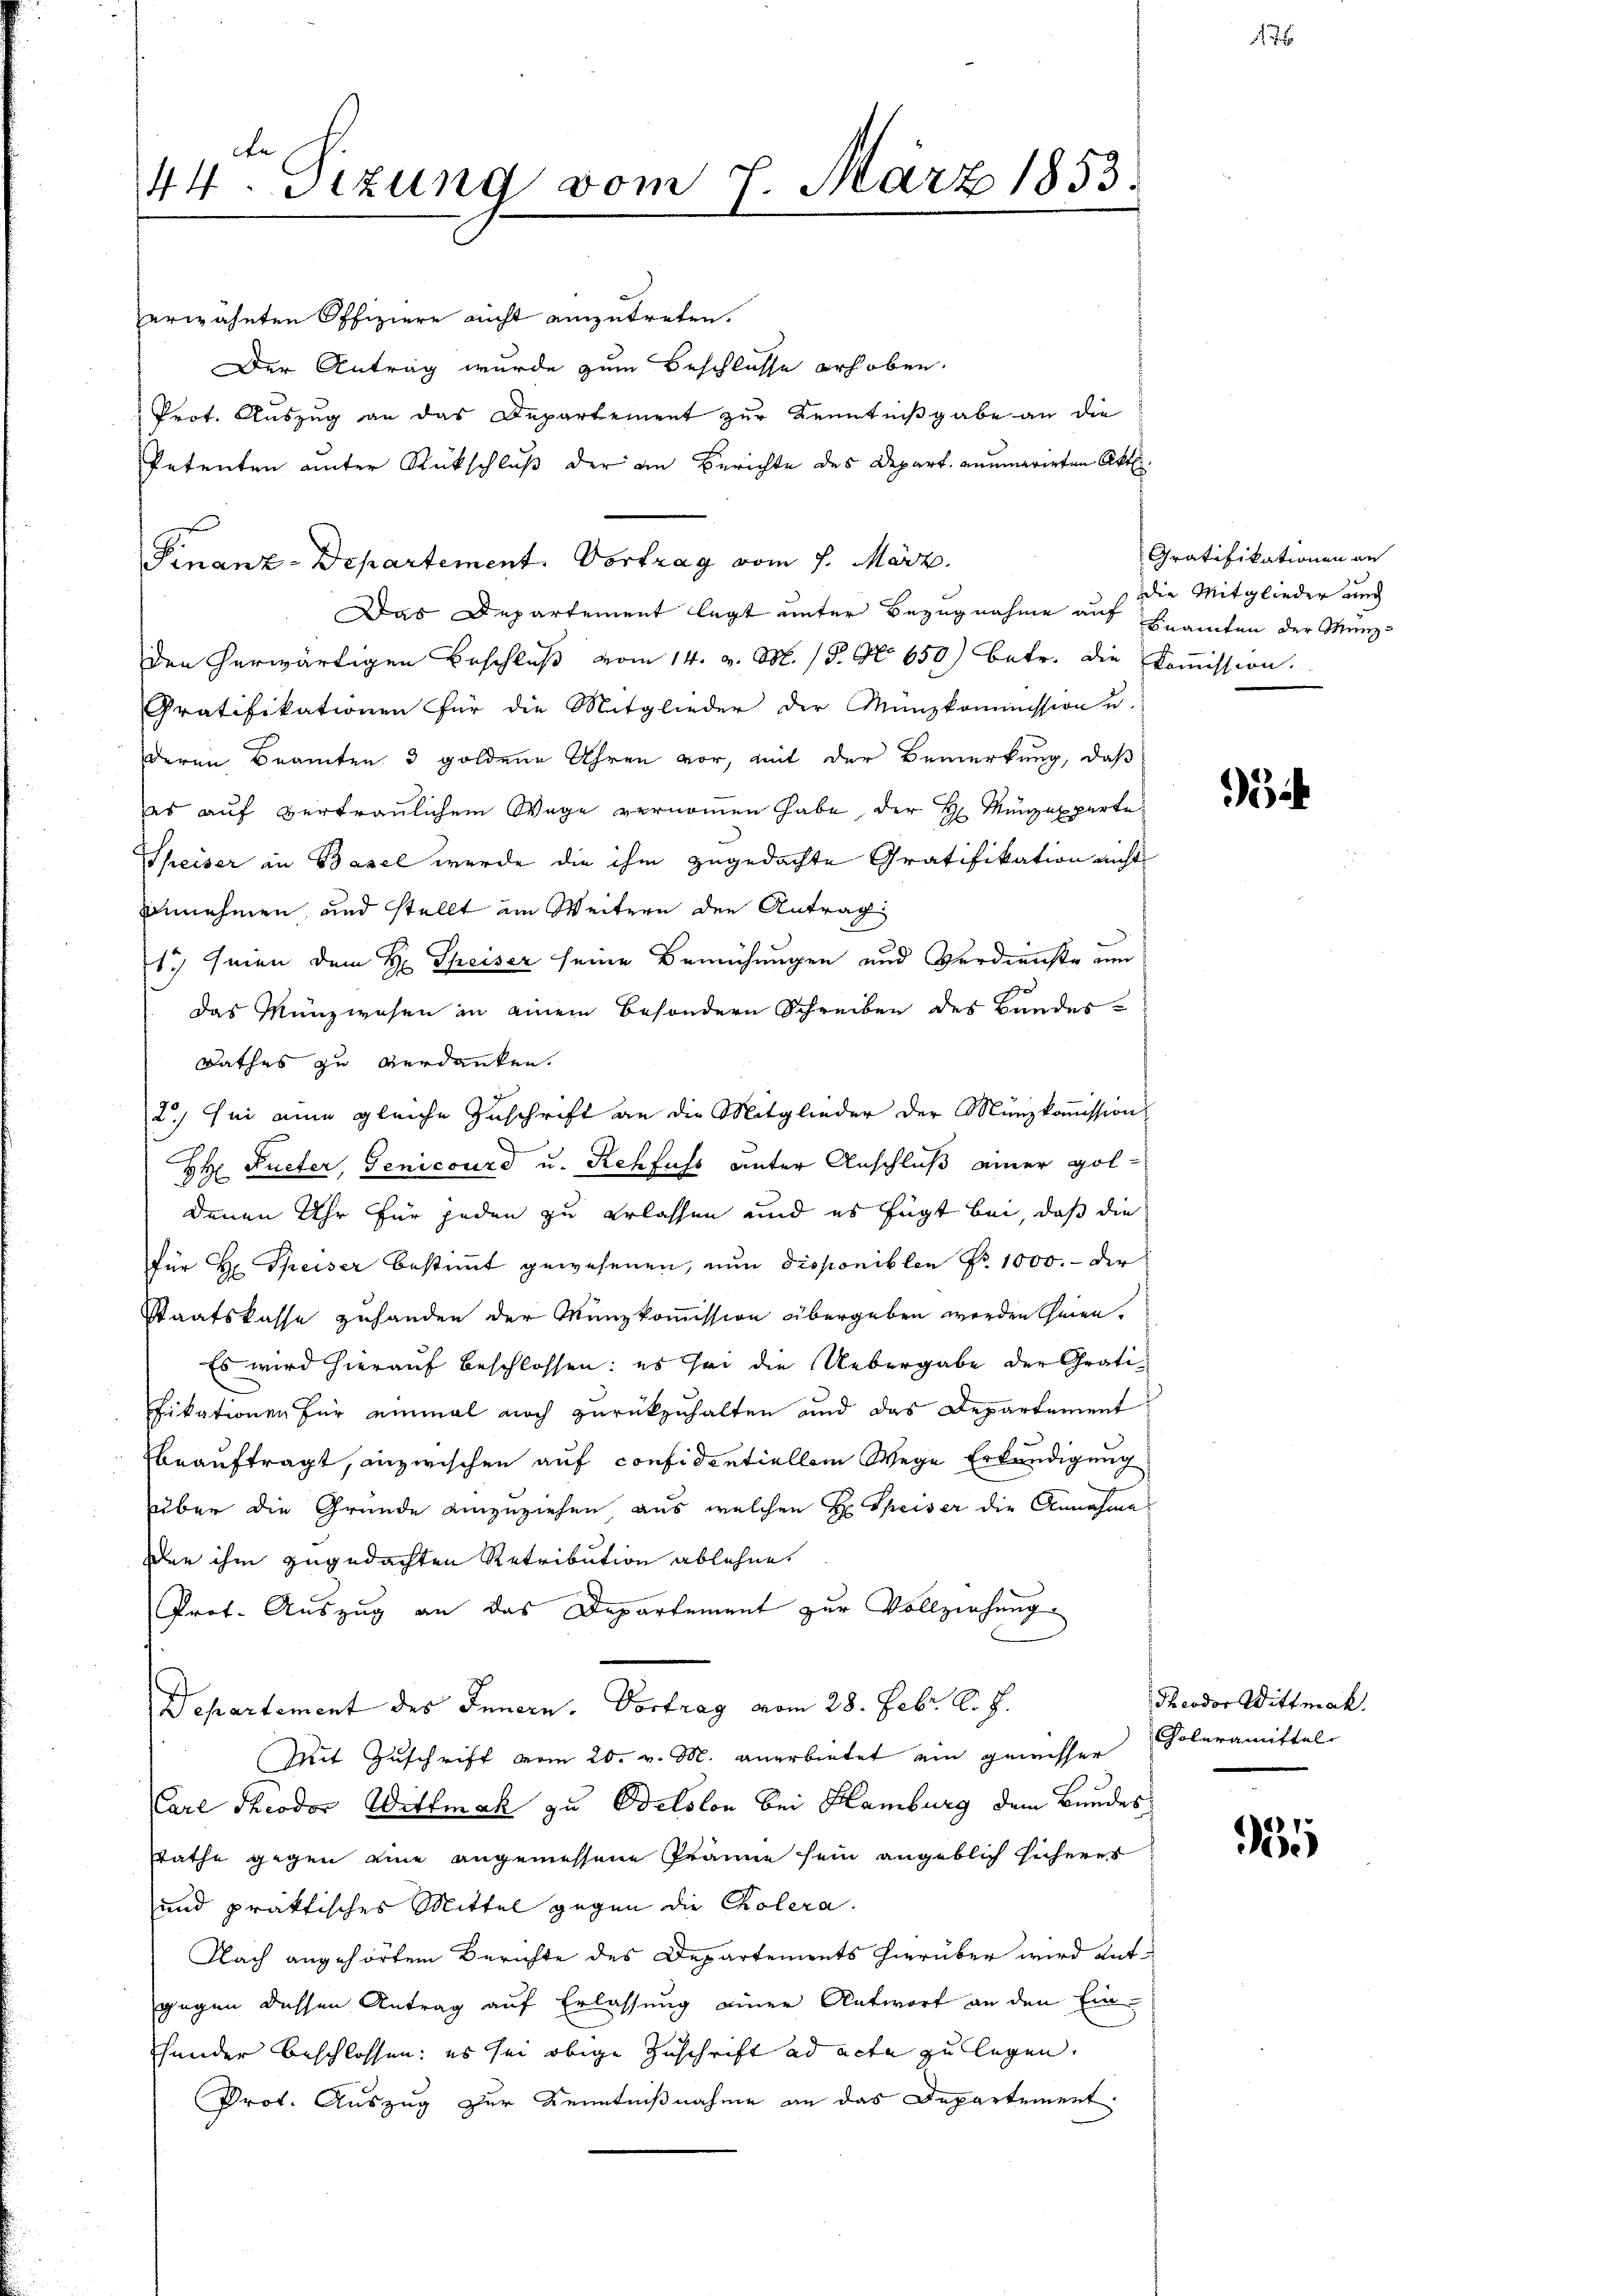
te
44. Sizung vom 7. März 1853.

erwähnten Offiziere nicht einzutreten.
Der Antrag wurde zum Beschlüsse erhoben.
Prot. Auszug an das Departement zur Kenntnißgabe an die
Petenten unter Rückschluß der an Berichte des Depart anumarierten Akt
Finanz-Departement. Vortrag vom 1. März.
Das Departement legt unter Bezugnahme auf
den herwärtigen Beschluß vom 14. v. M. 18. No 650) betr. die Kommission.
Gratifikationen für die Mitglieder der Münzkommission u.
deren Beamten 3 goldene Uhren vor, mit der Bemerkung, daß
es auf vertraulichem Wage vernommen habe, der H. Münzexperte
Speiser in Basel wurde die ihm zugedachte Gratifikation nicht
annehmen, und stellt im Weitern den Antrag:
17 seien dem H. Speiser seine Bemühungen und Verdienste um
das Münzwesen in einem besondern Schreiben des Bandes-
Rathes zu verdanken.
2) sei eine gleiche Zuschrift an die Mitglieder der Münzkoṁission
HH Fueter, Genicourd u. Rehfuss unter Anschluß einer Goldenen Uhr für jeden zu Erlassen und es fügt bei, daß die
für Hr. Speiser bestimmt gewesenen, nun disponiblen Nr. 1000.- der
Staatskasse zuhanden der Münzkommission übergeben werden seien.
Es wird hierauf beschlossen: es sei die Uebergabe der Gratifikationen für einmal noch zurückzuhalten und das Departement
beauftragt, inzwischen auf confidentiellem Wege Erkundigung
über die Gründe einzuziehen aus welchen Hr. Theiser die Annahme
Den ihm zugedachten Retribution ablehne.
Prof. Auszug an das Departement zur Vollziehung
Departement des Innern. Vortrag vom 28. Febr. l. J.
Mit Zuschrift vom 20. v. M. anerbietet ein gemesser
Carl Theodor Wittmak zu Belslon bei Hamburg dem Bundes
Rathe gegen eine angemessene Präne sein angeblich sicherer
und praktisches Mittel gegen die Cholera.
Nach angehörtem Berichte des Departements hierüber wird entgegen dessen Antrag auf Erlassung einer Antwort an den Ein-
hander beschlossen: es sei obige Zuschrift ad acte zu legen.
Prot. Auszug zur Kenntnißnahme an das Departement

Gratifikationen an
die Mitglieder und
Beamten der Münz-

Theodor Wittmak.
Coleramittel

3